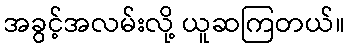
အခွင့်အလမ်းလို့ ယူဆကြတယ်။